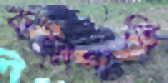
কলিগাতি